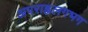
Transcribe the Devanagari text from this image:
अपराह्नलगभग